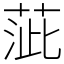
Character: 𦴢